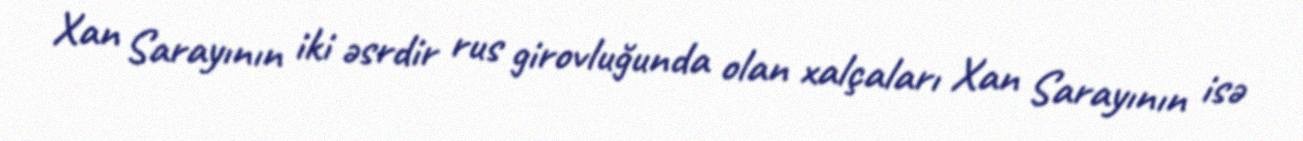
Xan Sarayının iki əsrdir rus girovluğunda olan xalçaları Xan Sarayının isə